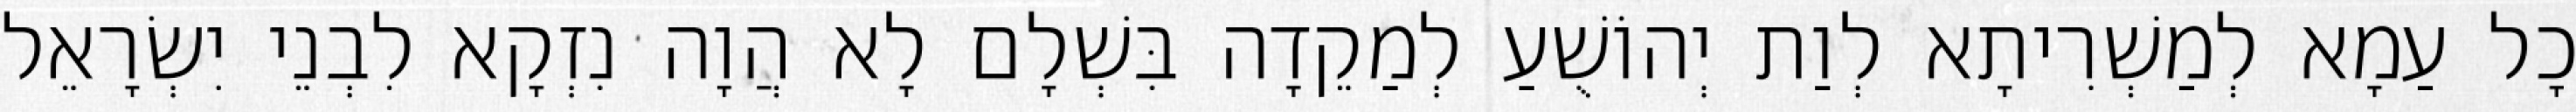
כָל עַמָא לְמַשְׁרִיתָא לְוַת יְהוֹשֻׁעַ לְמַקֵדָה בִּשְׁלָם לָא הֲוָה נִזְקָא לִבְנֵי יִשְׂרָאֵל